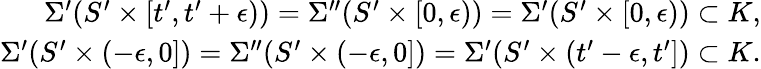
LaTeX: \begin{array}{r}{\Sigma^{\prime}(S^{\prime}\times[t^{\prime},t^{\prime}+\epsilon))=\Sigma^{\prime\prime}(S^{\prime}\times[0,\epsilon))=\Sigma^{\prime}(S^{\prime}\times[0,\epsilon))\subset K,}\\ {\Sigma^{\prime}(S^{\prime}\times(-\epsilon,0])=\Sigma^{\prime\prime}(S^{\prime}\times(-\epsilon,0])=\Sigma^{\prime}(S^{\prime}\times(t^{\prime}-\epsilon,t^{\prime}])\subset K.}\end{array}